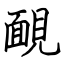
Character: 靦